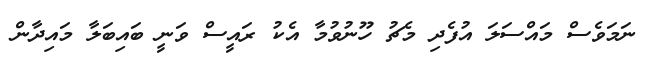
ނަމަވެސް މައްސަލަ އުފެދި މެޗު ހޫނުވުމާ އެކު ރައީސް ވަނީ ބައިބަލާ މައިދާން